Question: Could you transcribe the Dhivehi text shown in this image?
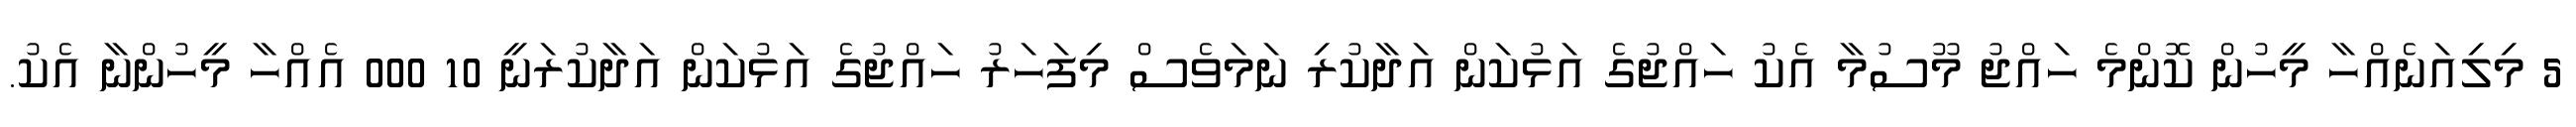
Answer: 5 މިލިއަނެއްހާ މީހުން ކޮންމެ ހައްޖު މޫސުމާ އެކު ހައްޖުގެ އަޅުކަން އަދާކުރި ނަމަވެސް މިފަހަރު ހައްޖުގެ އަޅުކަން އަދާކުރަނީ 10 000 އެއްހާ މީހުންނާ އެކު.